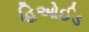
હિઓઈડ